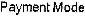
PAYMENT MODE